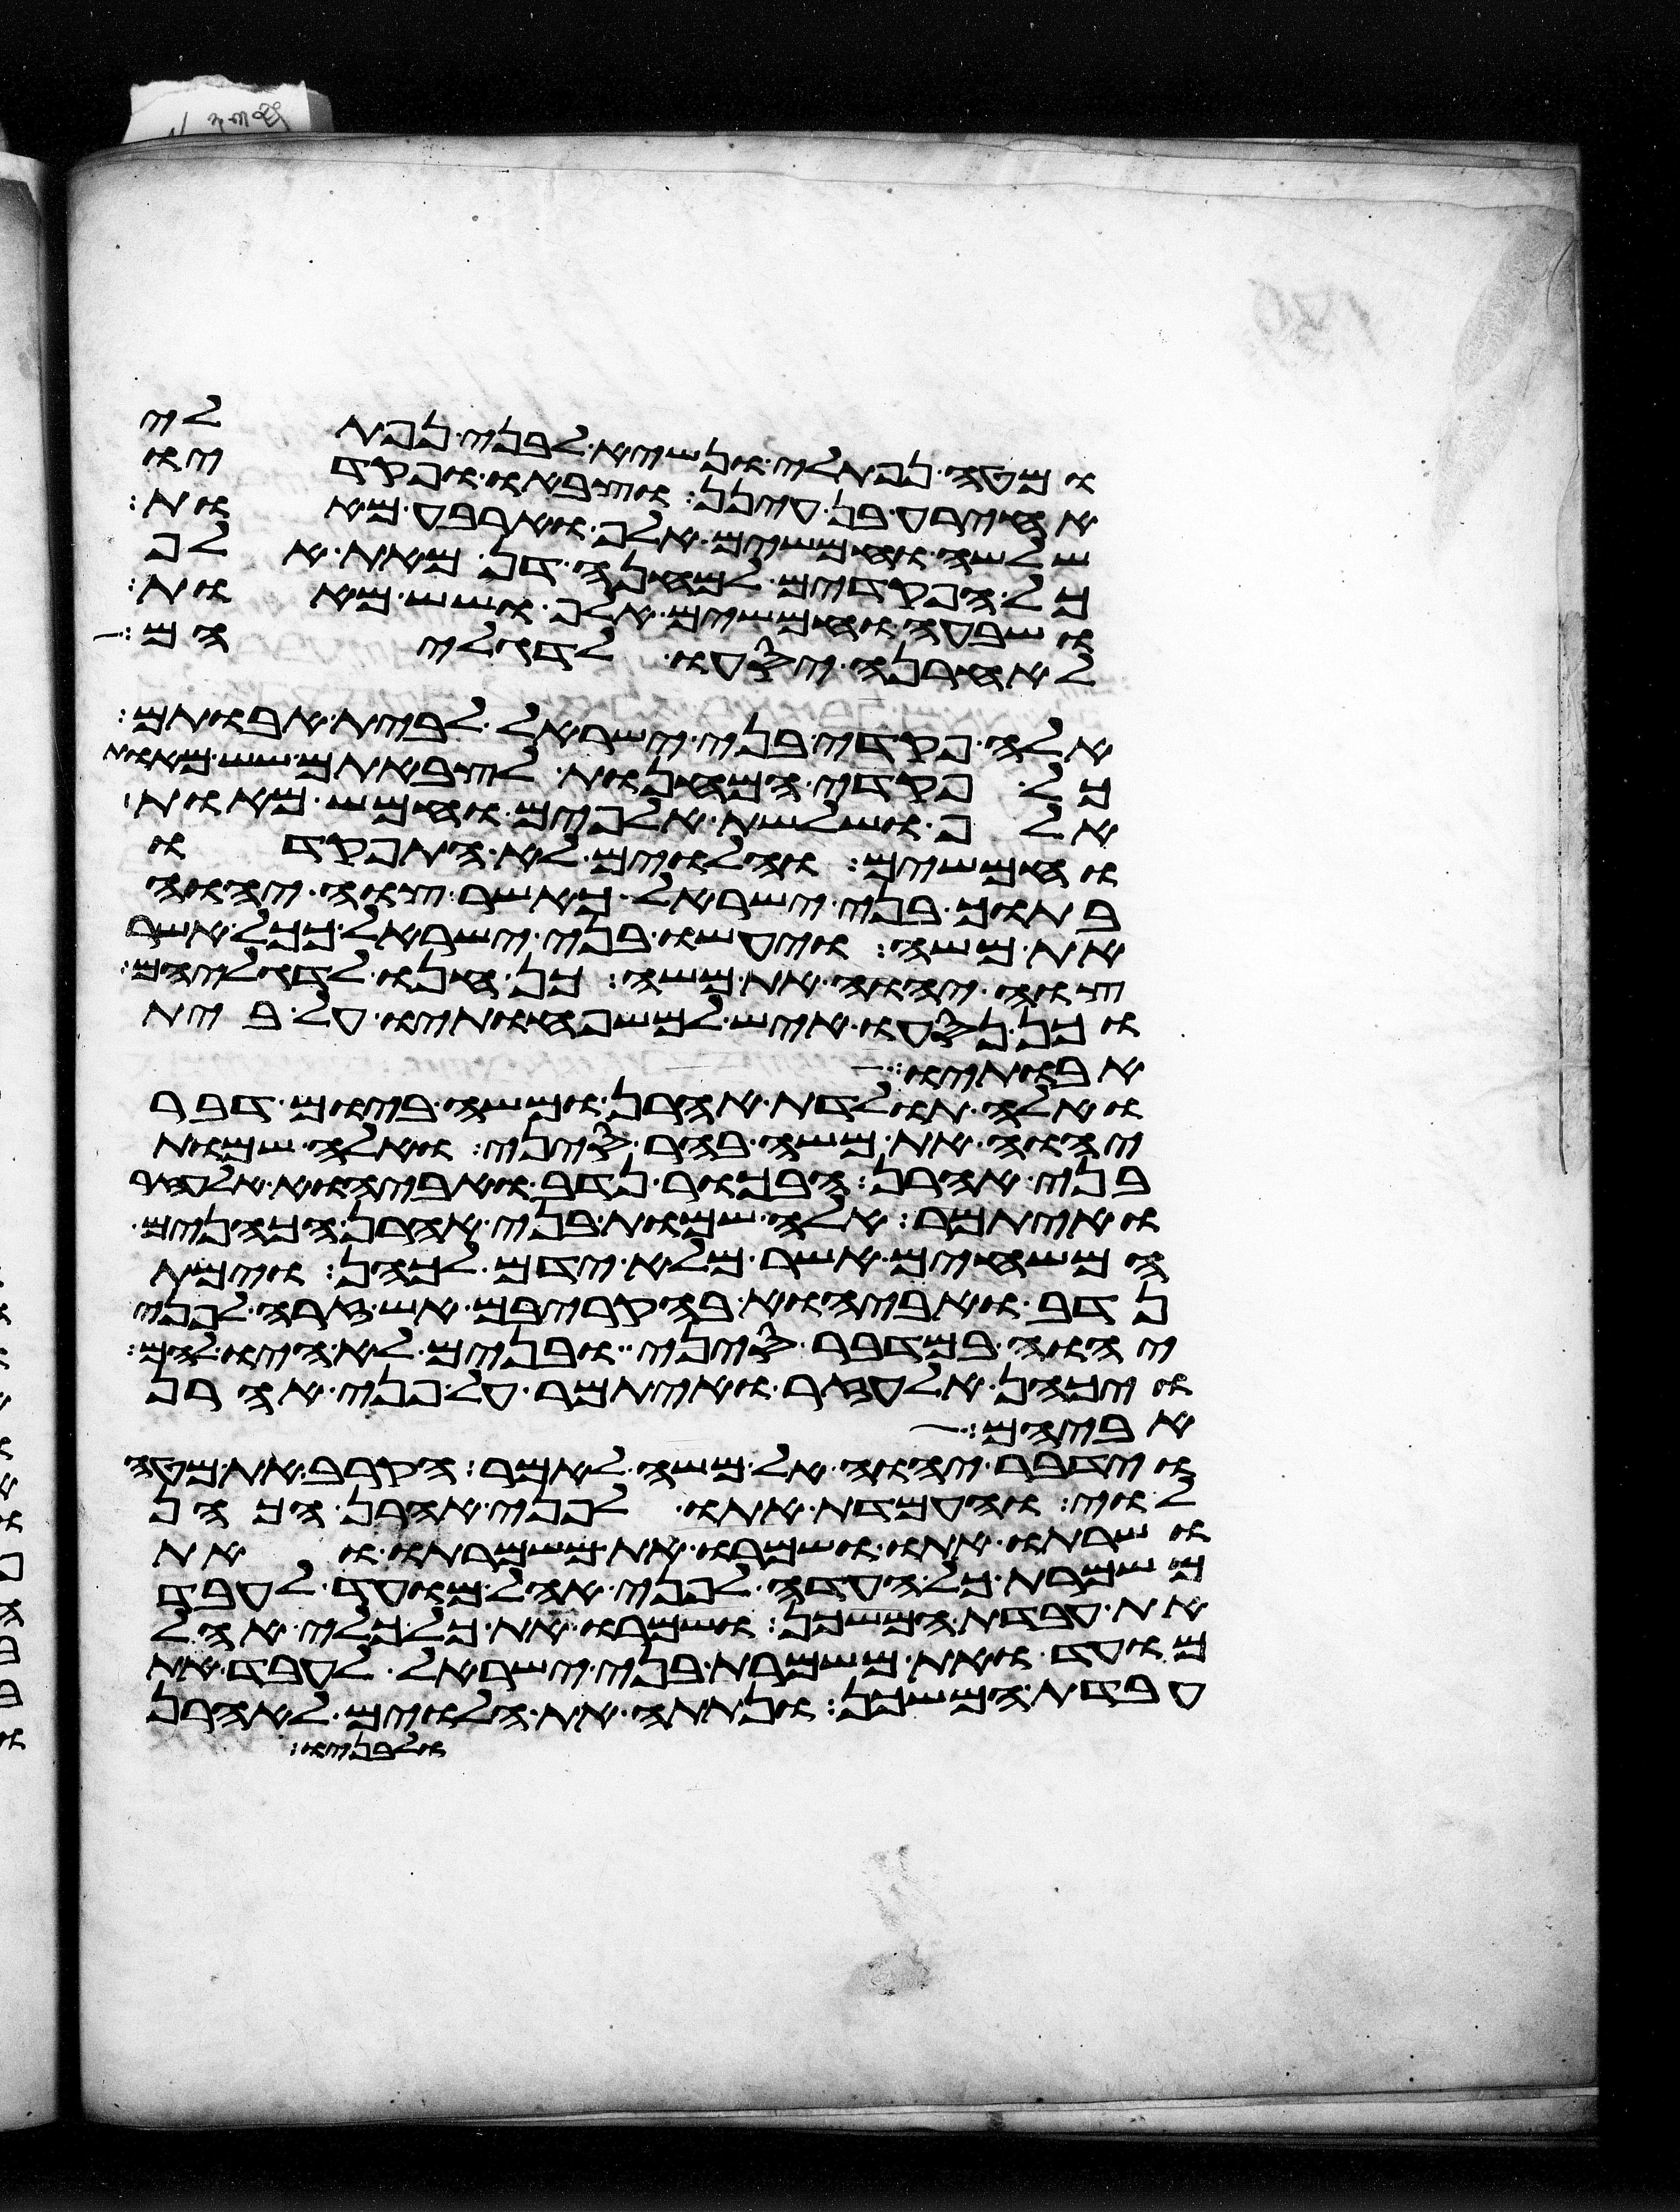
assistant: ומטה נפתלי ונשיא לבני נפתלי
אחירע בן עינן וצבאו ופקדיו
שלשה וחמשים אלף וארבע מאות
כל הפקדים למחנה דן מאת אלף
ושבעה וחמשים אלף ושש מאות
לאחרנה יסעו לדגליהם
אלה פקדי בני ישראל לבית אבותם
כל פקדי המחנות לצבאתם שש מאות
אלף ושלשת אלפים וחמש מאות
וחמשים והלוים לא התפקדו
בתוך בני ישראל כאשר צוה יהוה
את משה ויעשו בני ישראל ככל אשר
צוה יהוה את משה כן חנו לדגליהם
וכן נסעו איש למשפחותיו על בית
אבותיו
ואלה תולדת אהרן ומשה ביום דבר
יהוה את משה בהר סיני ואלה שמות
בני אהרן הבכור נדב ואביהוא אלעזר
ואיתמר אלה שמות בני אהרן הכהנים
המשחים אשר מלא ידם לכהן וימת
נדב ואביהוא בהקריבם אש זרה לפני
יהוה במדבר סיני ובנים לא היו להם
ויכהן אלעזר ואיתמר על פני אהרן
אביהם
וידבר יהוה אל משה לאמר הקרב את מטה
לוי והעמדת אתו לפני אהרן הכהן
ושרתו אתו ושמרו את משמרתו ואת
משמרת כל העדה לפני אהל מועד לעבד
את עבדת המשכן ושמרו את כל כלי אהל
מועד ואת משמרת בני ישראל לעבד את
עבדת המשכן ונתתה את הלוים לאהרן
ולבניו